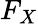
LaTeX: F_{X}